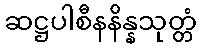
ဆဋ္ဌပါစီနနိန္နသုတ္တံ